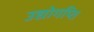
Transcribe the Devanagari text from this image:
उद्योगप्ति